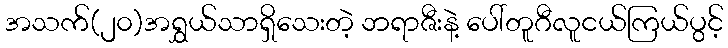
အသက်(၂၀)အရွှယ်သာရှိသေးတဲ့ ဘရာဇီးနဲ့ ပေါ်တူဂီလူငယ်ကြယ်ပွင့်